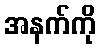
အနက်ကို